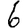
Digit: 6